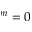
^ m = 0